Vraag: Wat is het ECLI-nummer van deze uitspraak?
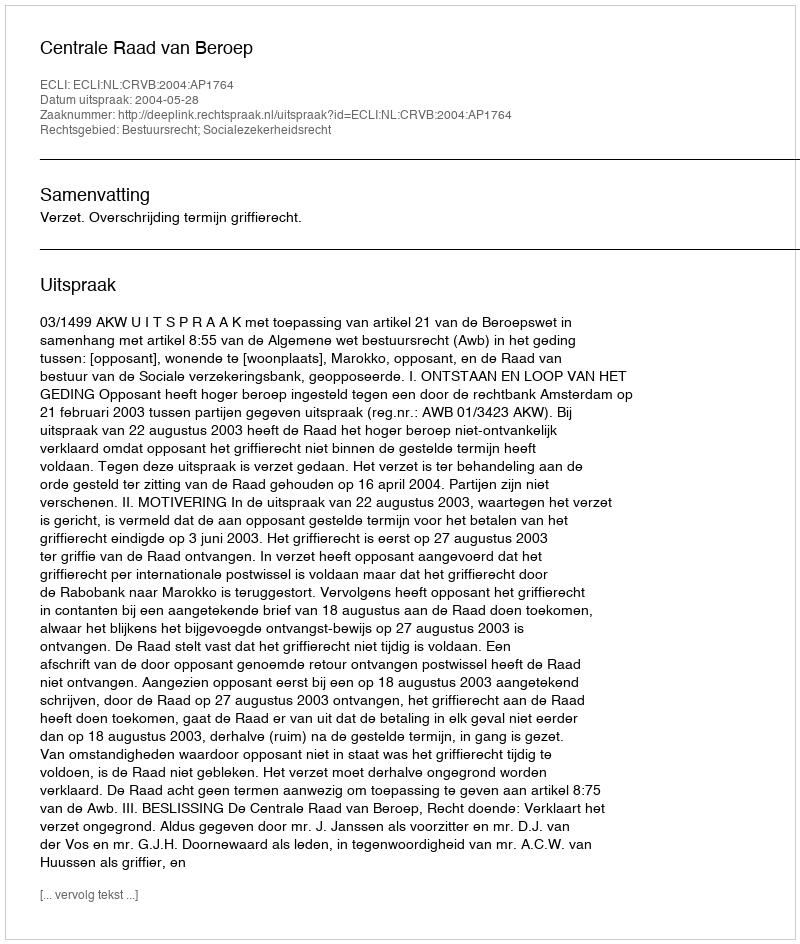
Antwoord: ECLI:NL:CRVB:2004:AP1764